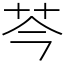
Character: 芩